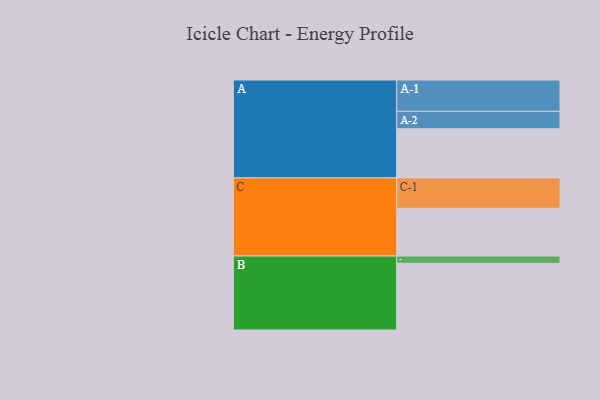
{"axis": {"x": "Segment", "y": "Value"}, "legend": ["", "A", "B", "C"], "data": [{"x": "A", "y": 345, "type": ""}, {"x": "B", "y": 468, "type": ""}, {"x": "C", "y": 335, "type": ""}, {"x": "A-1", "y": 220, "type": "A"}, {"x": "A-2", "y": 122, "type": "A"}, {"x": "B-1", "y": 51, "type": "B"}, {"x": "C-1", "y": 213, "type": "C"}]}